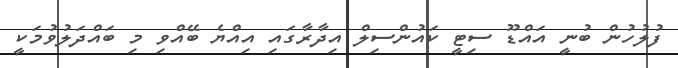
ފުލުހުން ބުނީ އައްޑޫ ސިޓީ ކައުންސިލް އިދާރާގައި އިއްޔެ ބޭއްވި މި ބައްދަލުވުމަކީ